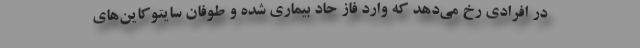
در افرادی رخ می‌دهد که وارد فاز حاد بیماری شده و طوفان سایتوکاین‌های